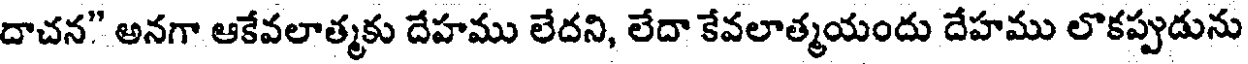
దాచన" అనగా ఆకేవలాత్మకు దేహము లేదని, లేదా కేవలాత్మయందు దేహము లొకప్పుడును